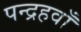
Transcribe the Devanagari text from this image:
पन्द्रहवाँ